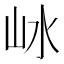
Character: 𡵰